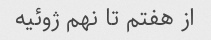
از هفتم تا نهم ژوئیه